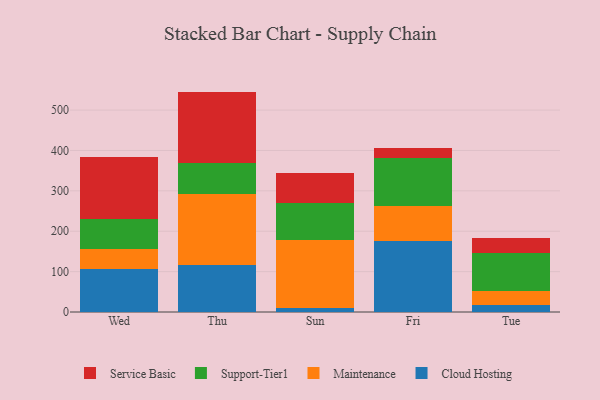
{"axis": {"x": "Day", "y": "Waste Production (Tons)"}, "legend": ["Cloud Hosting", "Maintenance", "Service Basic", "Support-Tier1"], "data": [{"x": "Wed", "y": 105.9, "type": "Cloud Hosting"}, {"x": "Wed", "y": 51.1, "type": "Maintenance"}, {"x": "Wed", "y": 72.8, "type": "Support-Tier1"}, {"x": "Wed", "y": 154.2, "type": "Service Basic"}, {"x": "Thu", "y": 117.3, "type": "Cloud Hosting"}, {"x": "Thu", "y": 174.6, "type": "Maintenance"}, {"x": "Thu", "y": 76.8, "type": "Support-Tier1"}, {"x": "Thu", "y": 177.0, "type": "Service Basic"}, {"x": "Sun", "y": 9.6, "type": "Cloud Hosting"}, {"x": "Sun", "y": 168.4, "type": "Maintenance"}, {"x": "Sun", "y": 91.5, "type": "Support-Tier1"}, {"x": "Sun", "y": 74.6, "type": "Service Basic"}, {"x": "Fri", "y": 175.2, "type": "Cloud Hosting"}, {"x": "Fri", "y": 88.1, "type": "Maintenance"}, {"x": "Fri", "y": 119.1, "type": "Support-Tier1"}, {"x": "Fri", "y": 22.9, "type": "Service Basic"}, {"x": "Tue", "y": 17.1, "type": "Cloud Hosting"}, {"x": "Tue", "y": 36.1, "type": "Maintenance"}, {"x": "Tue", "y": 93.8, "type": "Support-Tier1"}, {"x": "Tue", "y": 35.4, "type": "Service Basic"}]}